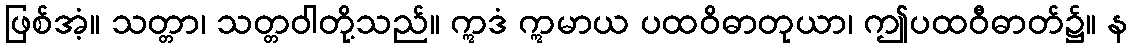
ဖြစ်အံ့။ သတ္တာ၊ သတ္တဝါတို့သည်။ ဣဒံ ဣမာယ ပထဝိဓာတုယာ၊ ဤပထဝီဓာတ်၌။ န